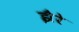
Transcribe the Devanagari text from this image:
झैरे